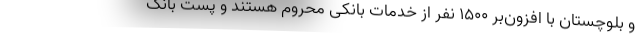
و بلوچستان با افزون‌بر ۱۵۰۰ نفر از خدمات بانکی محروم هستند و پست بانک